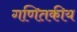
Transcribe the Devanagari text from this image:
गणितकीय